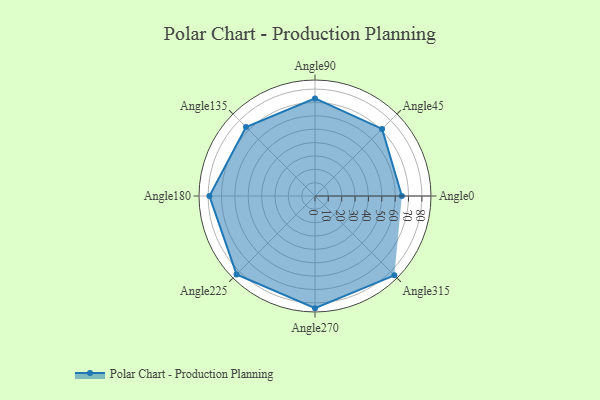
{"axis": {"x": "Angle", "y": "Radius"}, "legend": [""], "data": [{"x": "Angle0", "y": 65.0, "type": ""}, {"x": "Angle45", "y": 71.0, "type": ""}, {"x": "Angle90", "y": 73.0, "type": ""}, {"x": "Angle135", "y": 73.0, "type": ""}, {"x": "Angle180", "y": 79.0, "type": ""}, {"x": "Angle225", "y": 83.0, "type": ""}, {"x": "Angle270", "y": 84.0, "type": ""}, {"x": "Angle315", "y": 84.0, "type": ""}]}